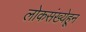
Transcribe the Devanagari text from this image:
लोकसंख्येहून